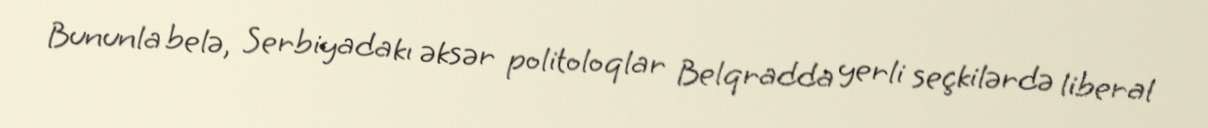
Bununla belə, Serbiyadakı əksər politoloqlar Belqradda yerli seçkilərdə liberal